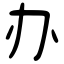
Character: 办